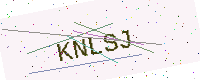
Text: KNLSJ